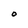
Character: O